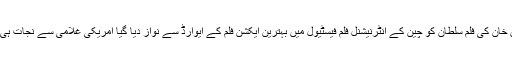
اگرسانحہ احمدپورشرقیہ جیسا .. سلمان خان کی فلم سلطان کو چین کے انٹرنیشنل فلم فیسٹیول میں بہترین ایکشن فلم کے ایوارڈ سے نواز دیا گیا امریکی غلامی سے نجات ہی عالم اسلام کے تمام مسائل کا حل ہے۔